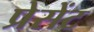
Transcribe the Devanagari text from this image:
प्रेसेंट